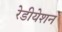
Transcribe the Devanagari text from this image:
रेडीयेशन